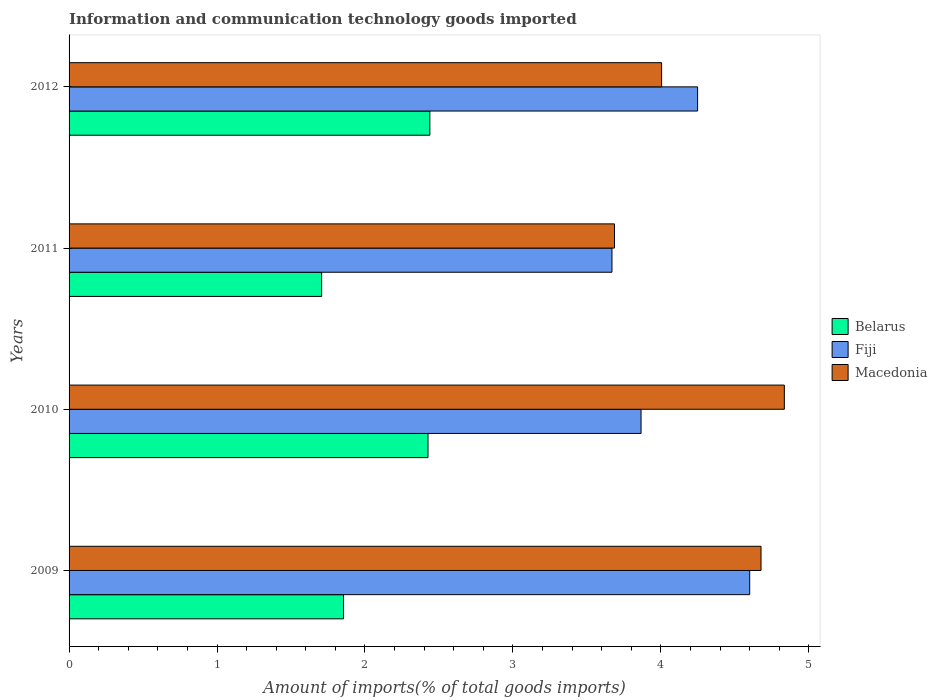
| Years | Belarus | Fiji | Macedonia |
 | --- | --- | --- | --- |
 | 2009 | 1.85 | 4.6 | 4.68 |
 | 2010 | 2.43 | 3.87 | 4.83 |
 | 2011 | 1.71 | 3.67 | 3.69 |
 | 2012 | 2.44 | 4.25 | 4 |